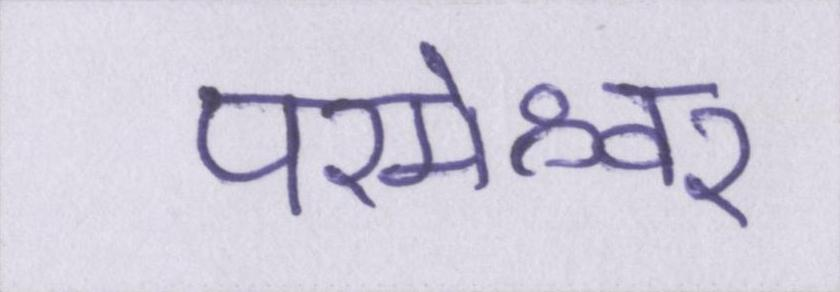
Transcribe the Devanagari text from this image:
परमेश्वर